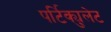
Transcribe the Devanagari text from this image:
पर्टिक्युलेट